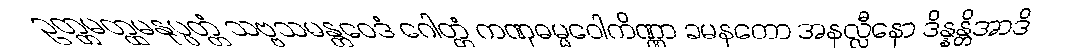
ဥတ္တမတ္ထမနုပ္ပတ္တံ သဗ္ဗသမန္တဝေဒံ ဂေါတ္တံ ကဏှဓမ္မဝေါကိဏ္ဏာ ခမနတော အနလ္လီနော ဒိန္နန္တိအာဒိ